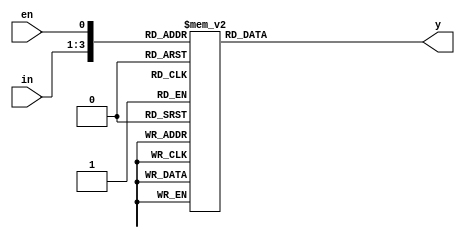
`timescale 1ns / 1ps
/*==================================================================================
 File Name:    decoder_3to8.v
 Designer:     Michael Marin
 Email:        michaelmarin81@gmail.com
 Rev. Date:    March 22, 2017

 Purpose:      When the enable input is true and matches the 3 bit in input, the y
               output will send a the 8-bit signal corresponding to the case 
               statement where all but one bit are zeroes and the one remaining bit
               is a one.
==================================================================================*/
module decoder_3to8(in, en, y);
   input          en ;
   input    [2:0] in ;
   output   [7:0] y ;
   
   reg [7:0] y;
   
   always @ (*) begin
        case({in, en})
            4'b000_1 : y = 8'b00000001 ;         
            4'b001_1 : y = 8'b00000010 ;
            4'b010_1 : y = 8'b00000100 ;
            4'b011_1 : y = 8'b00001000 ;
            4'b100_1 : y = 8'b00010000 ;
            4'b101_1 : y = 8'b00100000 ;
            4'b110_1 : y = 8'b01000000 ;
            4'b111_1 : y = 8'b10000000 ;
            
            default  : y = 8'b00000000 ;
            
         endcase
   end 

endmodule